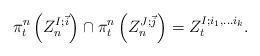
LaTeX: \begin{align*}\pi^n_t \left( Z_{n}^{I; \vec{i}} \right) \cap \pi^n_t \left( Z_{n}^{J; \vec{j}} \right) = Z_{t}^{I; i_1, \ldots i_k}.\end{align*}